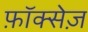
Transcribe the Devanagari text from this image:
फ़ॉक्सेज़